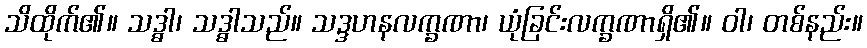
သိထိုက်၏။ သဒ္ဓါ၊ သဒ္ဓါသည်။ သဒ္ဒဟနလက္ခဏာ၊ ယုံခြင်းလက္ခဏာရှိ၏။ ဝါ၊ တစ်နည်း။